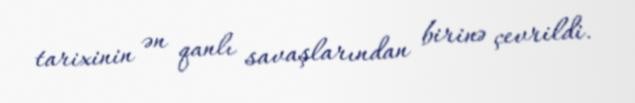
tarixinin ən qanlı savaşlarından birinə çevrildi.